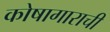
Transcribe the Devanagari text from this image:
कोषागाराची